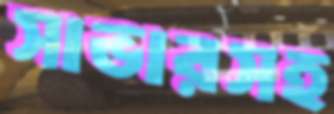
সাভারসহ